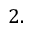
2 .